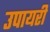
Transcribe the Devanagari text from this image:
उपायरी